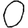
Digit: 0